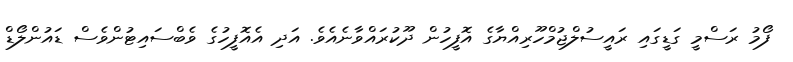
ފޯމު ރަސްމީ ގަޑީގައި ރައީސުލްޖުމްހޫރިއްޔާގެ އޮފީހުން ދޫކުރައްވާނެއެވެ. އަދި އެއޮފީހުގެ ވެބްސައިޓުންވެސް ޑައުންލޯޑް